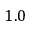
1 . 0